Indian journal of veterinary science and animal husbandry - Volume 4,
Year: 1934
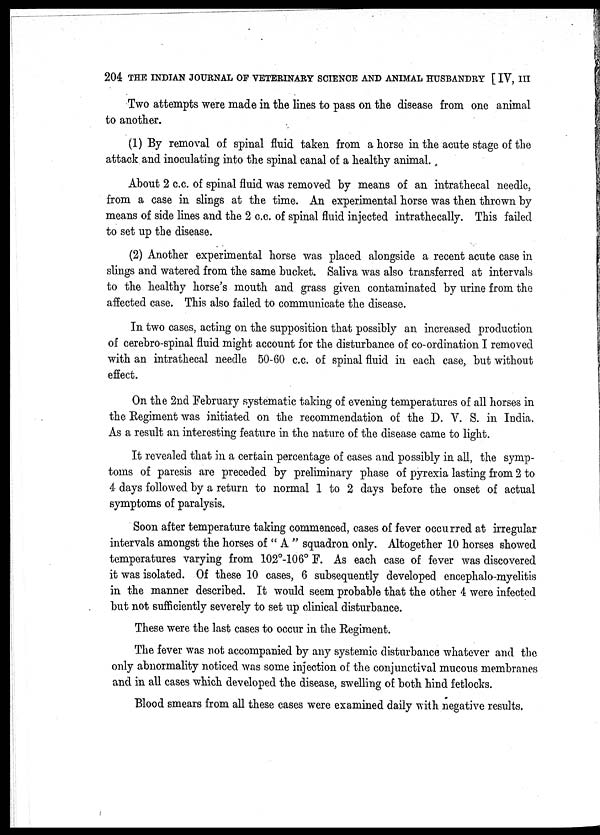
204 THE INDIAN JOURNAL OF VETERINARY SCIENCE AND ANIMAL HUSBANDRY [ IV, III
Two attempts were made in the lines to pass on the disease from one animal
to another.
(1) By removal of spinal fluid taken from a horse in the acute stage of the
attack and inoculating into the spinal canal of a healthy animal.
About 2 c.c. of spinal fluid was removed by means of an intrathecal needle,
from a case in slings at the time. An experimental horse was then thrown by
means of side lines and the 2 c.c. of spinal fluid injected intrathecally. This failed
to set up the disease.
(2) Another experimental horse was placed alongside a recent acute case in
slings and watered from the same bucket. Saliva was also transferred at intervals
to the healthy horse's mouth and grass given contaminated by urine from the
affected case. This also failed to communicate the disease.
In two cases, acting on the supposition that possibly an increased production
of cerebro-spinal fluid might account for the disturbance of co-ordination I removed
with an intrathecal needle 50-60 c.c. of spinal fluid in each case, but without
effect.
On the 2nd February systematic taking of evening temperatures of all horses in
the Regiment was initiated on the recommendation of the D. V. S. in India.
As a result an interesting feature in the nature of the disease came to light.
It revealed that in a certain percentage of cases and possibly in all, the symp-
toms of paresis are preceded by preliminary phase of pyrexia lasting from 2 to
4 days followed by a return to normal 1 to 2 days before the onset of actual
symptoms of paralysis.
Soon after temperature taking commenced, cases of fever occurred at irregular
intervals amongst the horses of " A " squadron only. Altogether 10 horses showed
temperatures varying from 102°-106° F. As each case of fever was discovered
it was isolated. Of these 10 cases, 6 subsequently developed encephalo-myelitis
in the manner described. It would seem probable that the other 4 were infected
but not sufficiently severely to set up clinical disturbance.
These were the last cases to occur in the Regiment.
The fever was not accompanied by any systemic disturbance whatever and the
only abnormality noticed was some injection of the conjunctival mucous membranes
and in all cases which developed the disease, swelling of both hind fetlocks.
Blood smears from all these cases were examined daily with negative results.